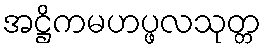
အဋ္ဌိကမဟပ္ဖလသုတ္တ